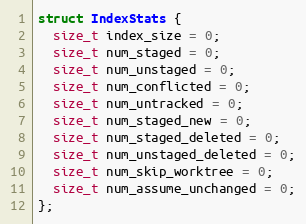
Language: C
struct IndexStats {
  size_t index_size = 0;
  size_t num_staged = 0;
  size_t num_unstaged = 0;
  size_t num_conflicted = 0;
  size_t num_untracked = 0;
  size_t num_staged_new = 0;
  size_t num_staged_deleted = 0;
  size_t num_unstaged_deleted = 0;
  size_t num_skip_worktree = 0;
  size_t num_assume_unchanged = 0;
};